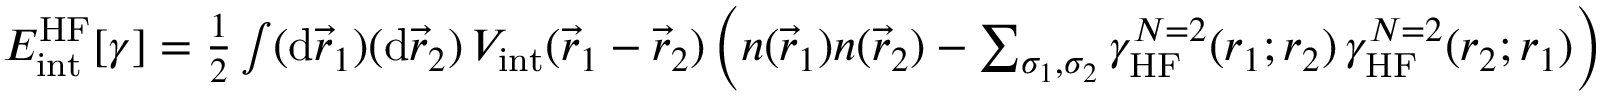
\begin{array} { r } { E _ { \mathrm { i n t } } ^ { \mathrm { H F } } [ \gamma ] = \frac 1 2 \int ( \mathrm { d } \vec { r } _ { 1 } ) ( \mathrm { d } \vec { r } _ { 2 } ) \, V _ { \mathrm { i n t } } ( \vec { r } _ { 1 } - \vec { r } _ { 2 } ) \left( n ( \vec { r } _ { 1 } ) n ( \vec { r } _ { 2 } ) - \sum _ { \sigma _ { 1 } , \sigma _ { 2 } } \gamma _ { \mathrm { H F } } ^ { N = 2 } ( r _ { 1 } ; r _ { 2 } ) \, \gamma _ { \mathrm { H F } } ^ { N = 2 } ( r _ { 2 } ; r _ { 1 } ) \right) } \end{array}